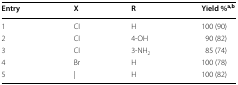
<table><thead><tr><td><b>Entry</b></td><td><b>X</b></td><td><b>R</b></td><td><b>Yield %<sup>a,b</sup></b></td></tr></thead><tbody><tr><td>1</td><td>CI</td><td>H</td><td>100 (90)</td></tr><tr><td>2</td><td>CI</td><td>4-OH</td><td>90 (82)</td></tr><tr><td>3</td><td>CI</td><td>3-NH<sub>2</sub></td><td>85 (74)</td></tr><tr><td>4</td><td>Br</td><td>H</td><td>100 (78)</td></tr><tr><td>5</td><td>|</td><td>H</td><td>100 (82)</td></tr></tbody></table>